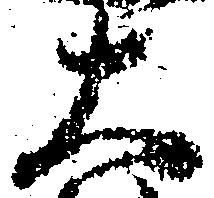
大